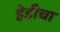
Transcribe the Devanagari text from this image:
हेडीचा